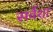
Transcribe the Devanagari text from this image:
सर्वेशा